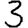
Digit: 3